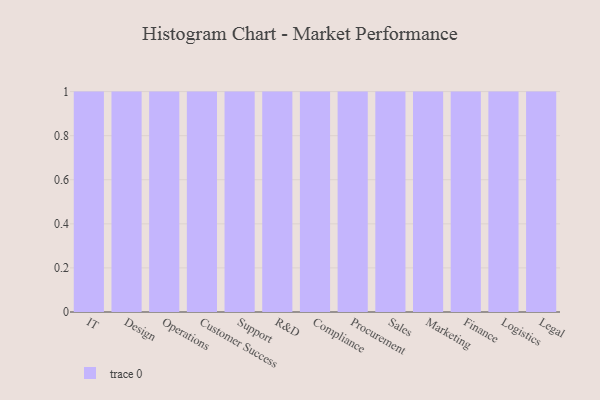
{"axis": {"x": "Department", "y": "Revenue (USD Million)"}, "legend": [""], "data": [{"x": "IT", "y": 3, "type": ""}, {"x": "Design", "y": 86, "type": ""}, {"x": "Operations", "y": 40, "type": ""}, {"x": "Customer Success", "y": 65, "type": ""}, {"x": "Support", "y": 4, "type": ""}, {"x": "R&D", "y": 2, "type": ""}, {"x": "Compliance", "y": 64, "type": ""}, {"x": "Procurement", "y": 56, "type": ""}, {"x": "Sales", "y": 76, "type": ""}, {"x": "Marketing", "y": 85, "type": ""}, {"x": "Finance", "y": 50, "type": ""}, {"x": "Logistics", "y": 13, "type": ""}, {"x": "Legal", "y": 58, "type": ""}]}